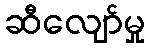
ဆီလျော်မှု